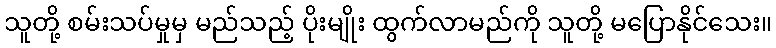
သူတို့ စမ်းသပ်မှုမှ မည်သည့် ပိုးမျိုး ထွက်လာမည်ကို သူတို့ မပြောနိုင်သေး။